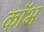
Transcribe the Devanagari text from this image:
कॉभ